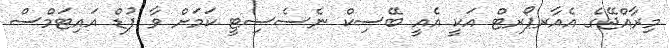
މިރާއްޖޭގެ އެއާރޕޯރޓް އަކީ އެއީ ބޭސިކް ނެސެސިޓީ ކަމަށް ވާ ފުޑް އައިޓަމްސް